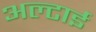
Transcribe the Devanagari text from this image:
अल्टाई